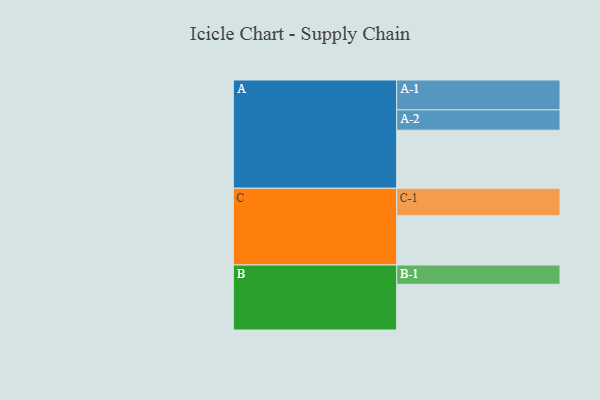
{"axis": {"x": "Segment", "y": "Value"}, "legend": ["", "A", "B", "C"], "data": [{"x": "A", "y": 494, "type": ""}, {"x": "B", "y": 389, "type": ""}, {"x": "C", "y": 419, "type": ""}, {"x": "A-1", "y": 254, "type": "A"}, {"x": "A-2", "y": 173, "type": "A"}, {"x": "B-1", "y": 164, "type": "B"}, {"x": "C-1", "y": 234, "type": "C"}]}